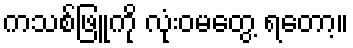
ကသစ်ဖြူကို လုံးဝမတွေ့ ရတော့။